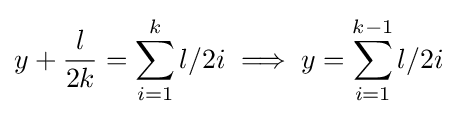
y+{\frac {l}{2k}}=\sum _{i=1}^{k}{l/2i}\implies y=\sum _{i=1}^{k-1}{l/2i}